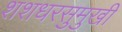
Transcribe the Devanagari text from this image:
शशधरसुमुखी